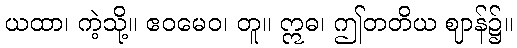
ယထာ၊ ကဲ့သို့။ ဧဝမေဝ၊ တူ။ ဣဓ၊ ဤတတိယ ဈာန်၌။